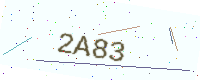
Text: 2A83